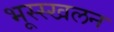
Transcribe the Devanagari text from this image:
भूस्स्खलन